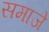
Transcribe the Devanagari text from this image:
समाजे